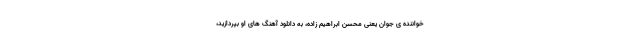
خواننده ی جوان یعنی محسن ابراهیم زاده، به دانلود آهنگ های او بپردازید،